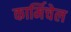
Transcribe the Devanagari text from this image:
कार्मिचेल